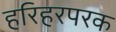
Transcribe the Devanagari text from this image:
हरिहरपरक